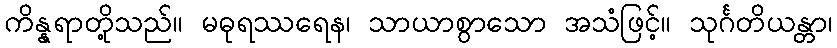
ကိန္နရာတို့သည်။ မဓုရဿရေန၊ သာယာစွာသော အသံဖြင့်။ သုင်္ဂတိယန္တာ၊